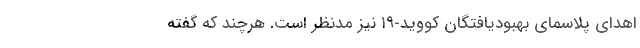
اهدای پلاسمای بهبودیافتگان کووید-۱۹ نیز مدنظر است. هرچند که گفته